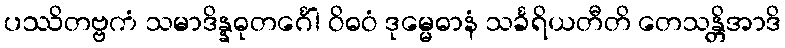
ပဿိတဗ္ဗကံ သမာဒိန္နဓုတင်္ဂေါ ဝိဓဝံ ဒုမ္မေဓာနံ သင်္ခရိယတီတိ တေသန္တိအာဒိ